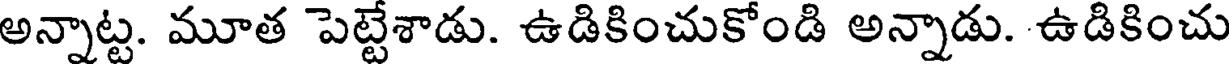
అన్నాట్ట. మూత పెట్టేశాడు. ఉడికించుకోండి అన్నాడు. ఉడికించు